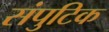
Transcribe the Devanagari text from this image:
संपुटिक